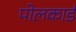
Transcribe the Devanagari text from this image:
पोलकार्ड